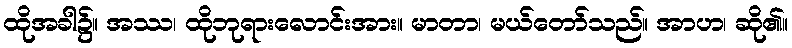
ထိုအခါ၌။ အဿ၊ ထိုဘုရားလောင်းအား။ မာတာ၊ မယ်တော်သည်။ အာဟ၊ ဆို၏။